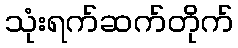
သုံးရက်ဆက်တိုက်